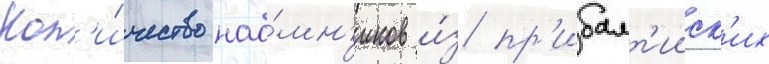
Кол'и́чество нао́мн'иков и́з пр'ибалт'ииск'их